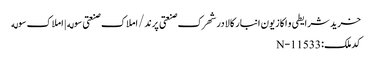
خرید شرایطی و اکازیون انبار کالا در شهرک صنعتی پرند/املاک صنعتی سوله | املاک سوله
کد ملک: N-11533